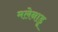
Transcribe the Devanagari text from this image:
मलेनाडू